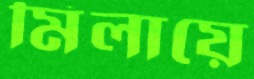
মিলায়ে